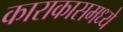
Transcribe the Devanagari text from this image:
काराकासमध्ये